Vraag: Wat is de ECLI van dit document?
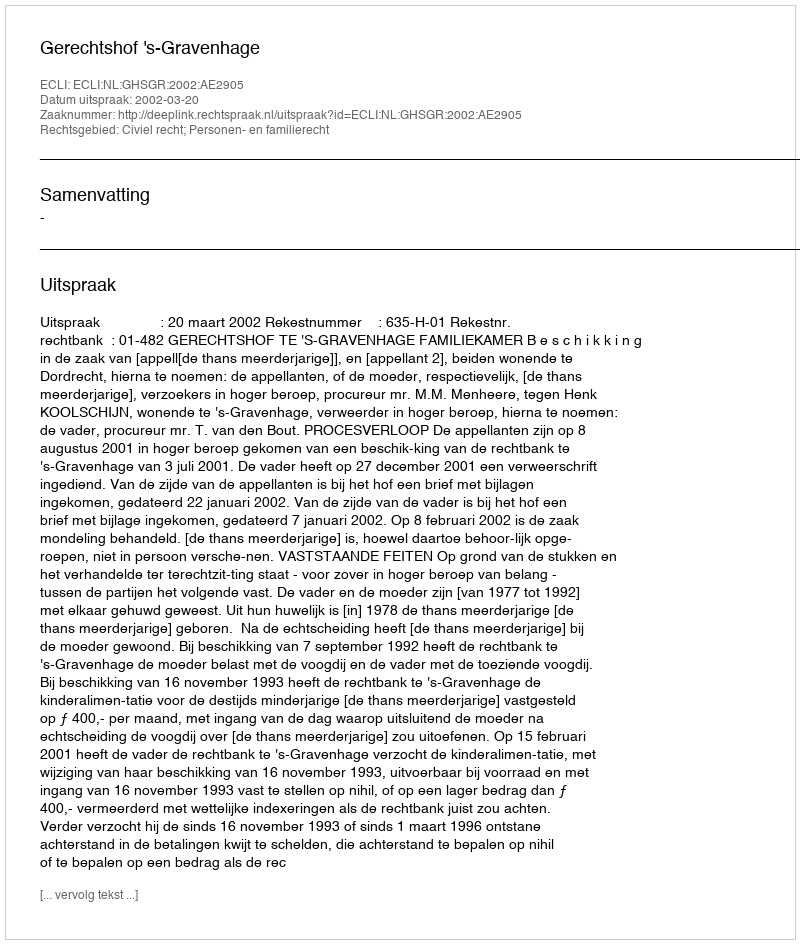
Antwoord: ECLI:NL:GHSGR:2002:AE2905